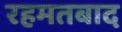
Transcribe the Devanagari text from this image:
रहमतबाद